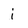
Character: j